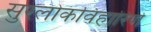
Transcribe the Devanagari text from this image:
सुरलोकविहारिणे